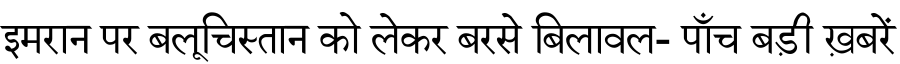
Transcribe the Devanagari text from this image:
इमरान पर बलूचिस्तान को लेकर बरसे बिलावल- पाँच बड़ी ख़बरें